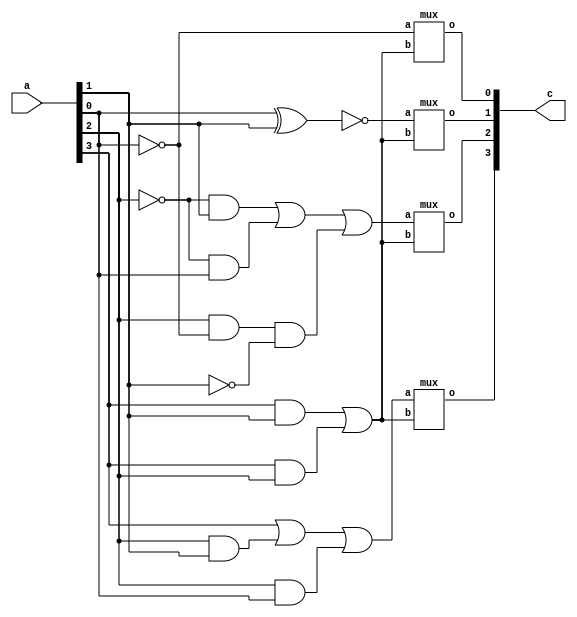
module bcdxs3(a,c);
	input [3:0]a;
	output [3:0]c;
	wire [3:0]b;
	wire p,q,r,s,m,n,o,t,u;

	not(p,a[0]);
	not(q,a[1]);
	not(r,a[2]);
	not(s,a[3]);

	not(b[0],a[0]);
	xnor(b[1],a[0],a[1]);

	and(m,r,a[1]);
	and(n,r,a[0]);
	and(o,a[2],p,q);
	or(b[2],m,n,o);

	and(t,a[2],a[1]);
	and(u,a[2],a[0]);
	or(b[3],a[3],t,u);
	
	wire check,check1,check2;
	and(check1,a[3],a[1]);
	and(check2,a[3],a[2]);
	or(check,check1,check2);
	mux m1(b[0],check,c[0]);
	mux m2(b[1],check,c[1]);
	mux m3(b[2],check,c[2]);
	mux m4(b[3],check,c[3]);
	
endmodule

module mux(a,b,o);
	input a,b;
	output o;
	wire c,d,e;
	not(c,b);
	and(d,a,c);
	and(e,1'bx,b);
	or(o,d,e);
endmodule

module bcdxs3_test;
  	reg [3:0]a;
  	wire [3:0]b;
  	bcdxs3 test(a,b);
  	integer count;
  	initial begin
    	for(count=0;count<16;count=count+1)begin
      		{a}=count;
      		#20;
    		end
  	end
endmodule